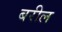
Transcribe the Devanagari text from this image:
बरील